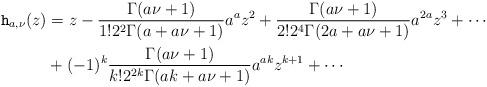
LaTeX: \begin{align*}\mathtt{h}_{a, \nu}(z) &= z - \frac{\mathrm{\Gamma}{(a\nu+1)}}{1!2^2\mathrm{\Gamma}{(a+a\nu+1)}}a^az^2 + \frac{\mathrm{\Gamma}{(a\nu+1)}}{2!2^4\mathrm{\Gamma}{(2a+a\nu+1)}} a^{2a}z^3 + \cdots\\& + (-1)^k\frac{\mathrm{\Gamma}{(a\nu+1)}}{k!2^{2k}\mathrm{\Gamma}{(ak+a\nu+1)}}a^{ak}z^{k+1}+\cdots\end{align*}